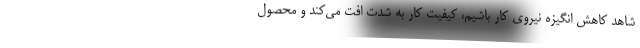
شاهد کاهش انگیزه نیروی کار باشیم، کیفیت کار به شدت افت می‌کند و محصول